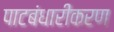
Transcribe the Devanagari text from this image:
पाटबंधारीकरण